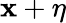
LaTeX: \mathbf{x}+\eta